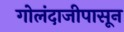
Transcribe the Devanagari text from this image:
गोलंदाजीपासून